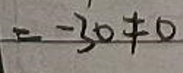
$=-30\neq 0$